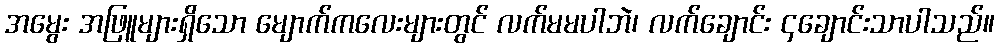
အမွေး အဖြူများရှိသော မျောက်ကလေးများတွင် လက်မမပါဘဲ၊ လက်ချောင်း ၄ချောင်းသာပါသည်။